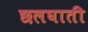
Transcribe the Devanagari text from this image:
छलघाती